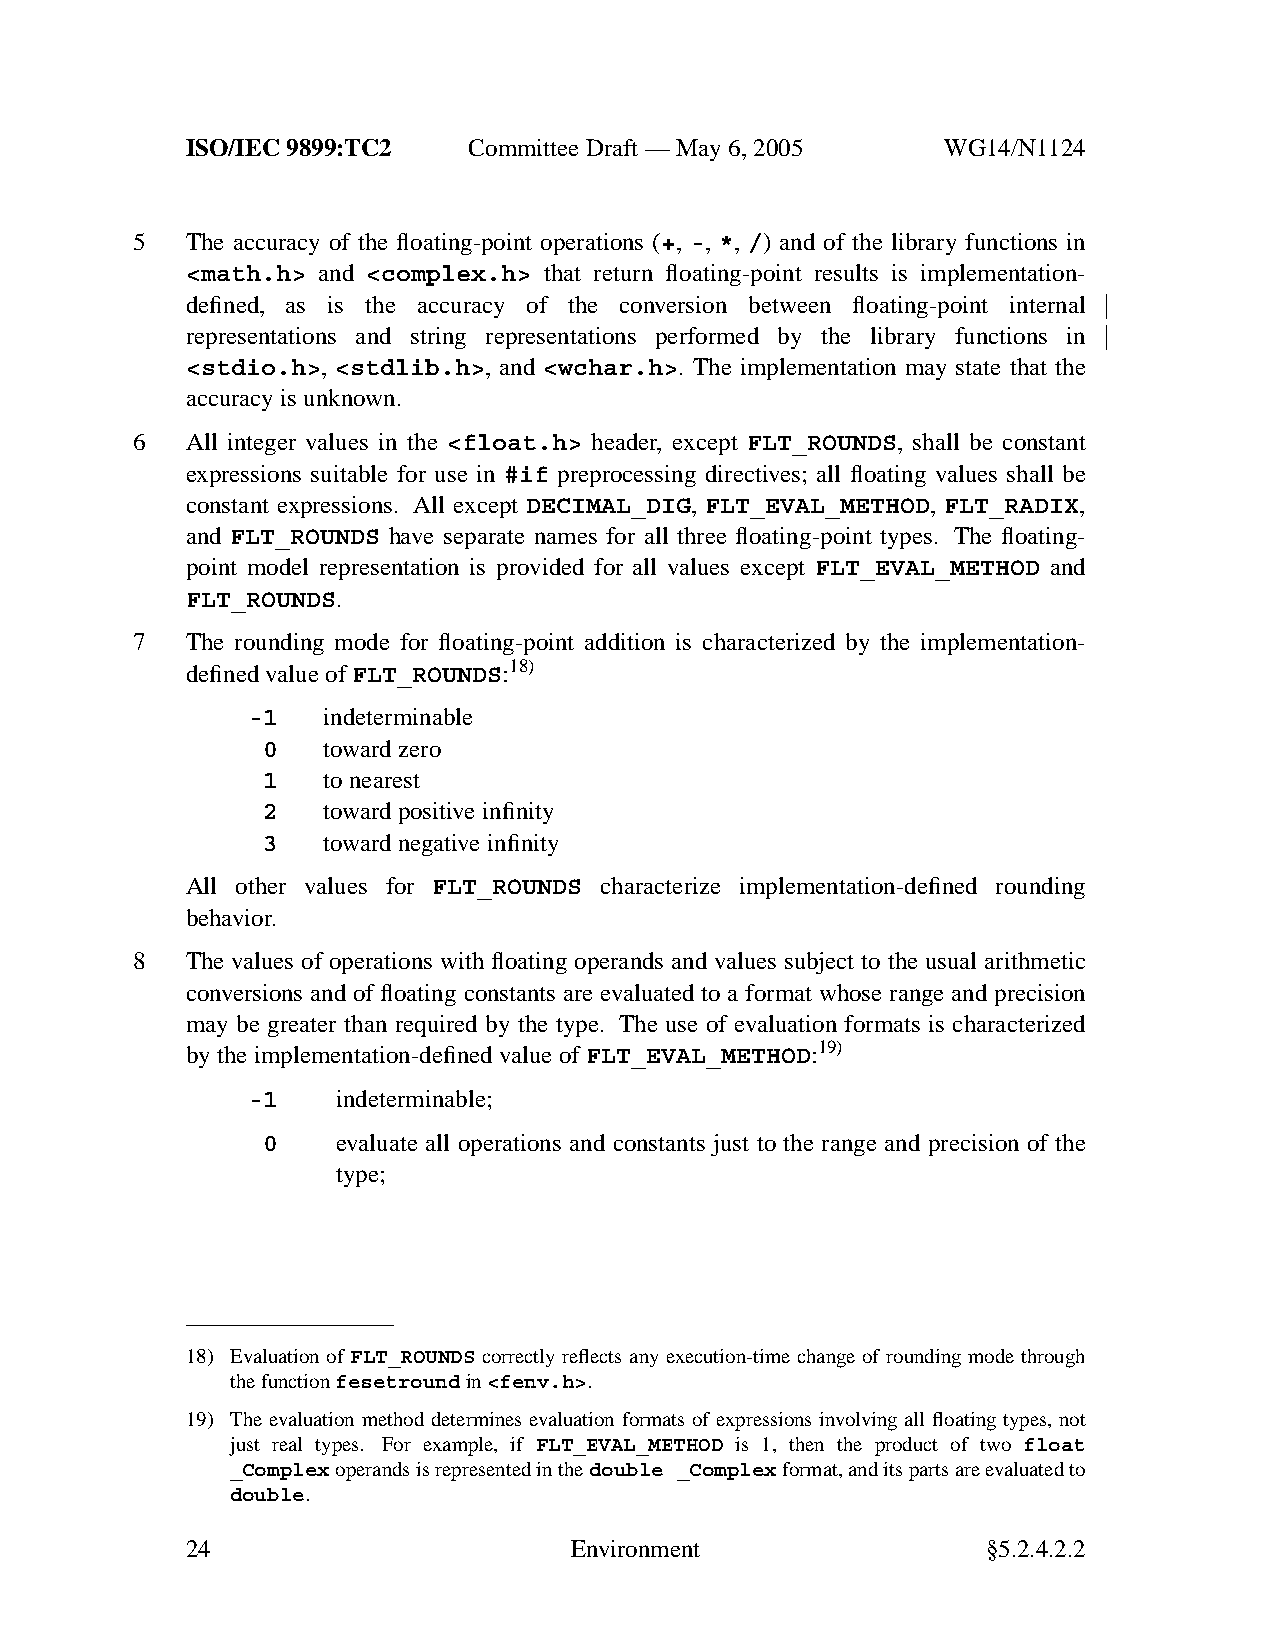
ISO/IEC 9899:TC2   Committee Draft — May 6, 2005   WG14/N1124
 5  The accuracy of the floating-point operations (+, -, *, /) and of the library functions in
 <math.h> and <complex.h> that return floating-point results is implementation-
 defined, as is the accuracy of the conversion between floating-point internal
 representations and string representations performed by the library functions in
 <stdio.h>, <stdlib.h>, and <wchar.h>. The implementation may state that the
 accuracyisunknown.
 6  All integer values in the <float.h> header, except FLT_ROUNDS, shall be constant
 expressions suitable for use in #if preprocessing directives; all floating values shall be
 constant expressions. All except DECIMAL_DIG, FLT_EVAL_METHOD, FLT_RADIX,
 and FLT_ROUNDS have separate names for all three floating-point types. The floating-
 point model representation is provided for all values except FLT_EVAL_METHOD and
 FLT_ROUNDS.
 7  The rounding mode for floating-point addition is characterized by the implementation-
 defined value of FLT_ROUNDS:18)
 -1   indeterminable
 0   toward zero
 1   to nearest
 2   toward positive infinity
 3   toward negative infinity
 All other values for FLT_ROUNDS characterize implementation-defined rounding
 behavior.
 8  The values of operations with floating operands and values subject to the usual arithmetic
 conversions and of floating constants are evaluated to a format whose range and precision
 may be greater than required by the type. The use of evaluation formats is characterized
 by the implementation-defined value of FLT_EVAL_METHOD:19)
 -1    indeterminable;
 0    evaluate all operations and constants just to the range and precision of the
 type;
 18) Evaluation of FLT_ROUNDS correctly reflects any execution-time change of rounding mode through
 the functionfesetroundin<fenv.h>.
 19) The evaluation method determines evaluation formats of expressions involving all floating types, not
 just real types. For example, if FLT_EVAL_METHOD is 1, then the product of two float
 _Complexoperands is represented in thedouble _Complexformat, and its parts are evaluated to
 double.
 24                        Environment                §5.2.4.2.2